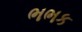
ભભક